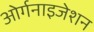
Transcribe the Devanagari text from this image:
ओर्गनाइजेशन